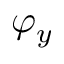
\varphi _ { y }